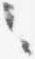
々